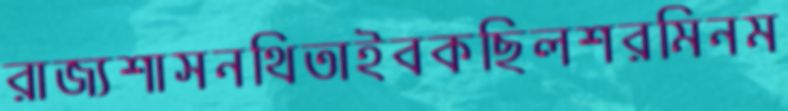
রাজ্যশাসনথিতাইবকছিলশরমিনম